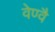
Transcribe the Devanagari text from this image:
वेण्वै